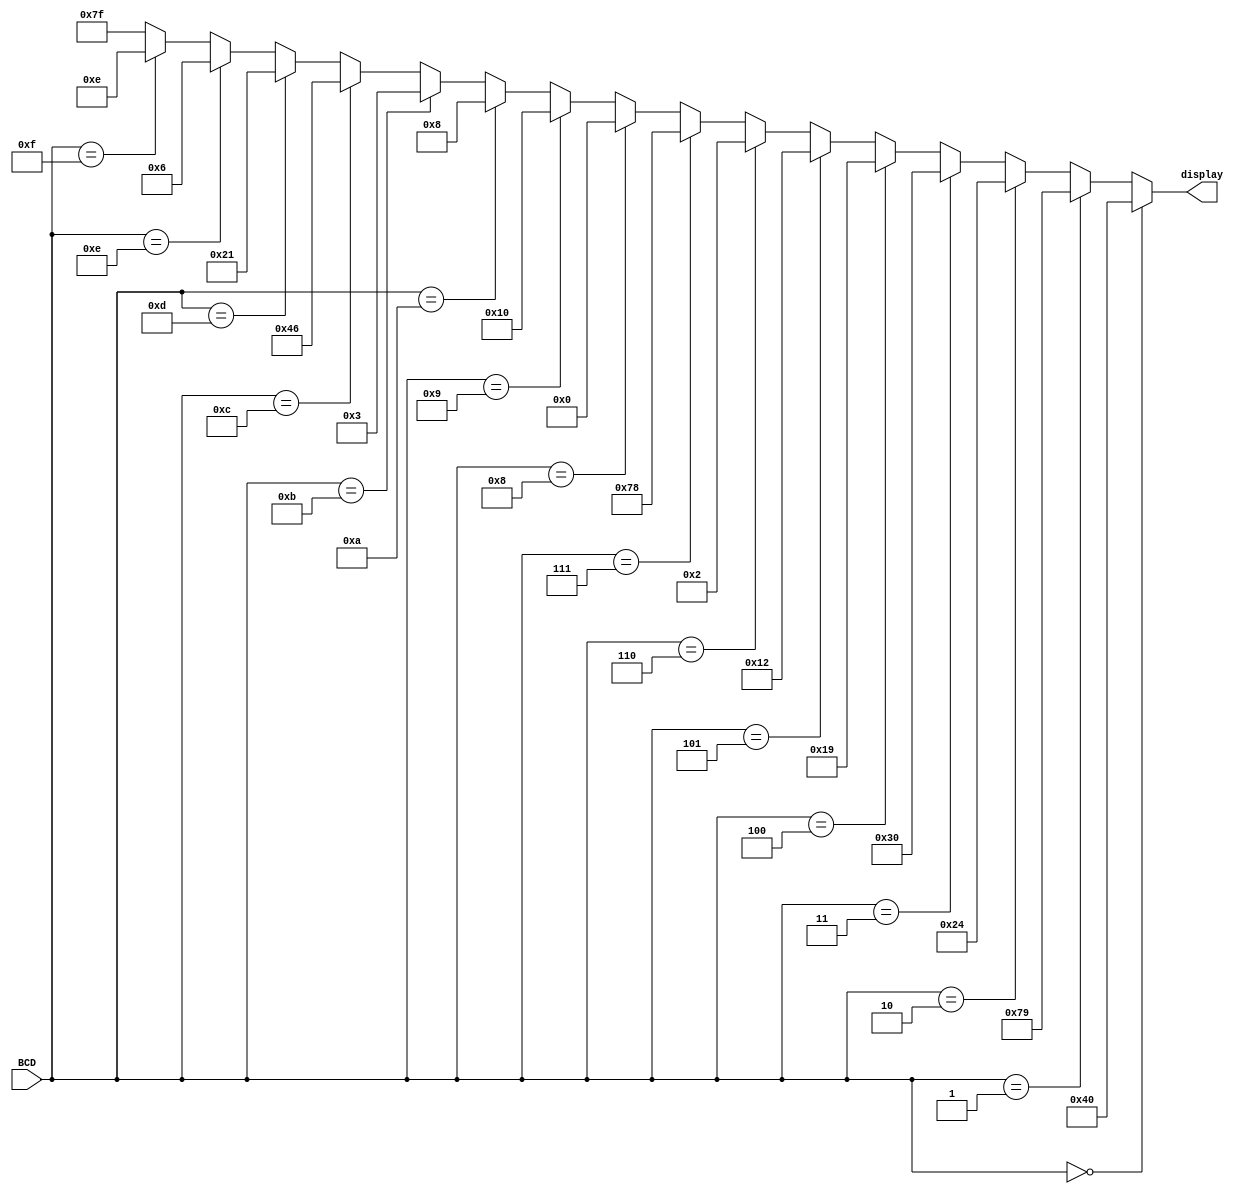
module seven_segment_led_4bit(BCD, display);
	input  [3:0]BCD;
	output [6:0]display;
	
	assign display = (BCD == 4'd0) ? 7'b1000000:  // digit 0           
						  (BCD == 4'd1) ? 7'b1111001:  // digit 1
						  (BCD == 4'd2) ? 7'b0100100:  // digit 2
						  (BCD == 4'd3) ? 7'b0110000:  // digit 3
						  (BCD == 4'd4) ? 7'b0011001:  // digit 4
						  (BCD == 4'd5) ? 7'b0010010:  // digit 5
						  (BCD == 4'd6) ? 7'b0000010:  // digit 6
						  (BCD == 4'd7) ? 7'b1111000:  // digit 7
						  (BCD == 4'd8) ? 7'b0000000:  // digit 8
						  (BCD == 4'd9) ? 7'b0010000:  // digit 9
						  (BCD == 4'd10)? 7'b0001000:  // hex A
						  (BCD == 4'd11)? 7'b0000011:  // hex B
						  (BCD == 4'd12)? 7'b1000110:  // hex C
						  (BCD == 4'd13)? 7'b0100001:  // hex D
						  (BCD == 4'd14)? 7'b0000110:  // hex E
						  (BCD == 4'd15)? 7'b0001110:  // hex F
						  7'b1111111;                  // nothing
	
endmodule